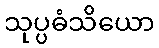
သုပ္ပဓံသိယော